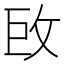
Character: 𢼑